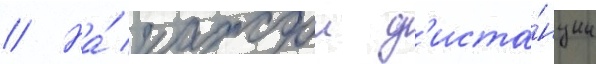
// На́ каждои д'иста́нции